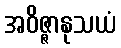
အဝိဇ္ဇာနုသယံ